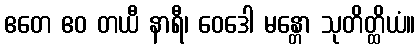
ဧတေ ဧဝ တယီ နာရီ၊ ဝေဒေါ မန္တော သုတိတ္ထိယံ။